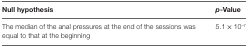
<table><thead><tr><td><b>Null hypothesis</b></td><td><b><i>p</i>-Value</b></td></tr></thead><tbody><tr><td>The median of the anal pressures at the end of the sessions was equal to that at the beginning</td><td>5.1 × 10<sup>–7</sup></td></tr></tbody></table>